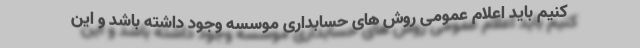
کنیم باید اعلام عمومی روش های حسابداری موسسه وجود داشته باشد و این